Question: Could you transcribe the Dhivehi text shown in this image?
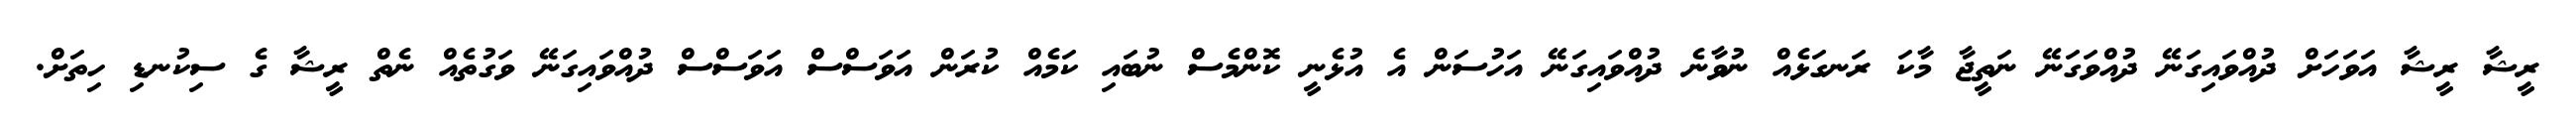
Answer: ރީޝާ ރީޝާ އަވަހަށް ދުއްވައިގަނޭ ދުއްވަގަނޭ ނަތީޖާ މާކަ ރަނގަޅެއް ނުވާނެ ދުއްވައިގަނޭ އަހުސަން އެ އުޅެނީ ކޮންމެސް ނުބައި ކަމެއް ކުރަން އަވަސްސް އަވަސްސް ދުއްވައިގަނޭ ވަގުތެއް ނެތް ރީޝާ ގެ ސިކުނޑި ހިތަށް.